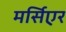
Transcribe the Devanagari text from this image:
मर्सिएर